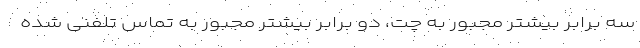
سه برابر بیشتر مجبور به چت، دو برابر بیشتر مجبور به تماس تلفنی شده